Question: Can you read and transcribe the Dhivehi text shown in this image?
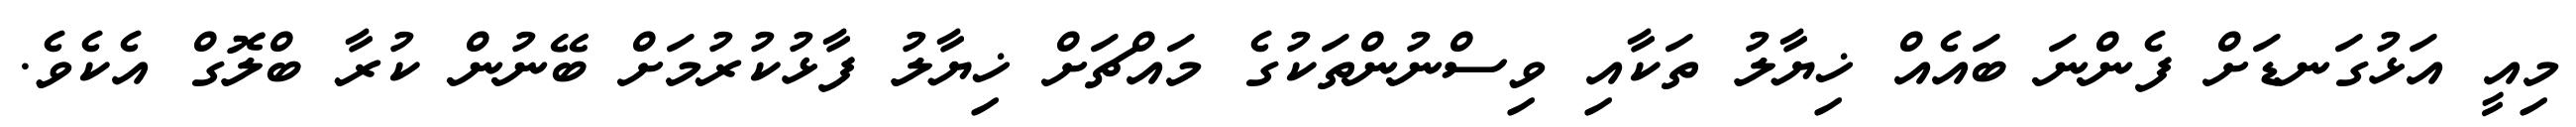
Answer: މިއީ އަޅުގަނޑަށް ފެންނަ ބައެއް ޚިޔާލު ތަކާއި ވިސްނުންތަކުގެ މައްޗަށް ޚިޔާލު ފާޅުކުރުމަށް ބޭނުން ކުރާ ބްލޮގް އެކެވެ.